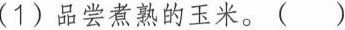
(1)品尝煮熟的玉米。( )